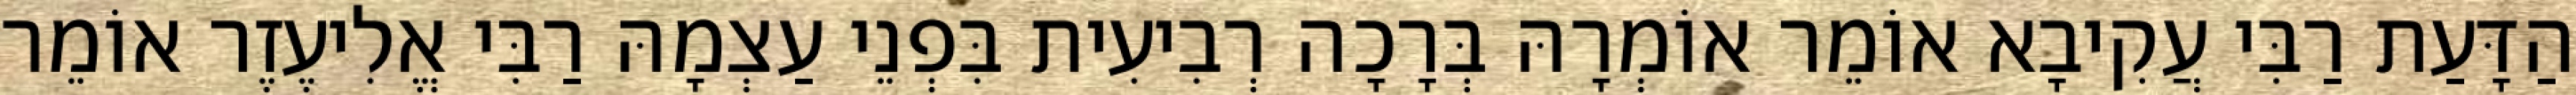
הַדָּעַת רַבִּי עֲקִיבָא אוֹמֵר אוֹמְרָהּ בְּרָכָה רְבִיעִית בִּפְנֵי עַצְמָהּ רַבִּי אֱלִיעֶזֶר אוֹמֵר